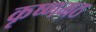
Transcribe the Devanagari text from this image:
कृष्णमठ